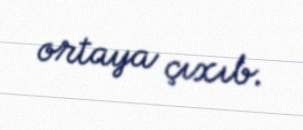
ortaya çıxıb.